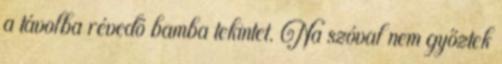
a távolba révedő bamba tekintet. Na szóval nem győztek